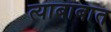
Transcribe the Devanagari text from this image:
त्याबाबात